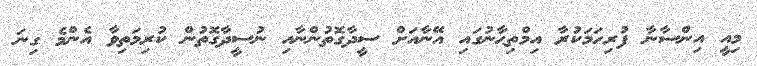
މިއީ އިންސާނާ ފުރިހަމަކުރާ އިމްތިޙާނުގައި އޭނާއަށް ސީދާގޮތުންނާއި ނުސީދާގޮތުން ކުރިމަތިވާ އެންމެ ގިނަ